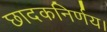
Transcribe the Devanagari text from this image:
छादकनिर्णय।